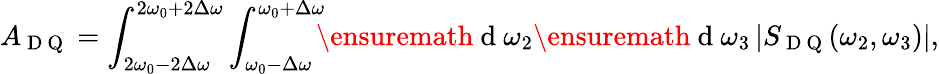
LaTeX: A_{\mathrm{~D~Q~}}=\int_{2\omega_{0}-2\Delta\omega}^{2\omega_{0}+2\Delta\omega}\int_{\omega_{0}-\Delta\omega}^{\omega_{0}+\Delta\omega}\! \! \! \ensuremath{\mathrm{~d~}}\omega_{2}\ensuremath{\mathrm{~d~}}\omega_{3}\left|S_{\mathrm{~D~Q~}}(\omega_{2},\omega_{3})\right|,